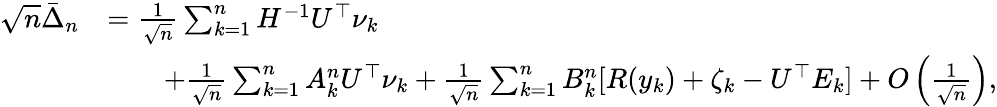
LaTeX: \begin{array}{rl}{\sqrt{n}\bar{\Delta}_{n}}&{=\frac{1}{\sqrt{n}}\sum_{k=1}^{n}H^{-1}U^{\top}\nu_{k}}\\ &{\qquad+\frac{1}{\sqrt{n}}\sum_{k=1}^{n}A_{k}^{n}U^{\top}\nu_{k}+\frac{1}{\sqrt{n}}\sum_{k=1}^{n}B_{k}^{n}[R(y_{k})+\zeta_{k}-U^{\top}E_{k}]+O\left(\frac{1}{\sqrt{n}}\right),}\end{array}